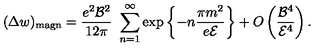
( \Delta w ) _ { \mathrm { m a g n } } = \frac { e ^ { 2 } { \cal B } ^ { 2 } } { 1 2 \pi } \ \sum _ { n = 1 } ^ { \infty } \exp \left\{ - n \frac { \pi m ^ { 2 } } { e { \cal E } } \right\} + O \left( \frac { { \cal B } ^ { 4 } } { { \cal E } ^ { 4 } } \right) .